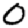
Digit: 0